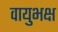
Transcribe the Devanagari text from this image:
वायुभक्ष